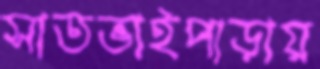
সাতভাইপাড়ায়